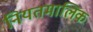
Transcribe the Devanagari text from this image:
नियतमालिक